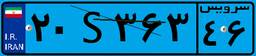
۸۷S۲۷۸۹۸